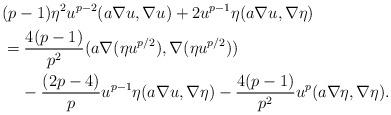
LaTeX: \begin{align*} & (p-1)\eta^2 u^{p-2}(a\nabla u,\nabla u)+2u^{p-1}\eta (a\nabla u,\nabla \eta) \\ & = \frac{4(p-1)}{p^2}(a\nabla (\eta u^{p/2}),\nabla (\eta u^{p/2}))\\ & \;\;\;\; - \frac{(2p-4)}{p} u^{p-1}\eta(a\nabla u,\nabla \eta)-\frac{4(p-1)}{p^2} u^p(a\nabla \eta,\nabla \eta). \end{align*}